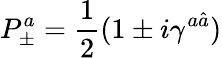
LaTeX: P_{\pm}^{a}={\frac{1}{2}}(1\pm i\gamma^{a\hat{a}})